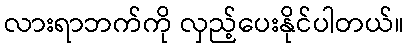
လားရာဘက်ကို လှည့်ပေးနိုင်ပါတယ်။